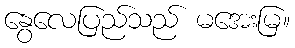
နွေလေပြည်သည် မအေးမြ။